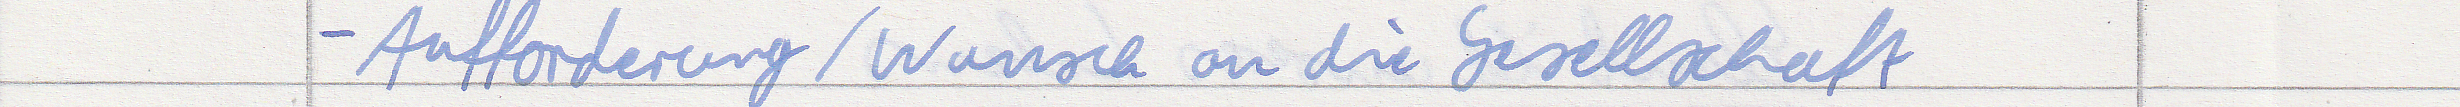
- Aufforderung / Wunsch an die Gesellschaft